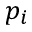
p _ { i }